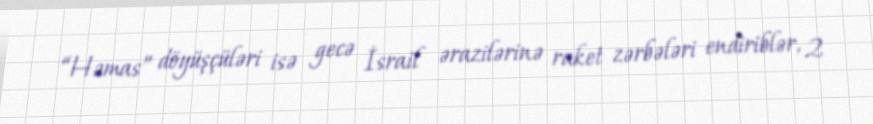
“Həmas” döyüşçüləri isə gecə İsrail ərazilərinə raket zərbələri endiriblər, 2